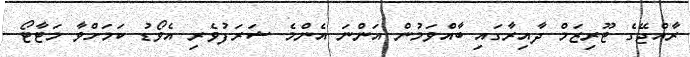
ރާއްޖޭގެ ޓޫރިޒަމް ދާއިރާގައި ބާއްވަމުން އަންނަ އެންމެ ޝަރަފުވެރި އެވޯޑު ކަމަށްވާ މަޓާޓޯ